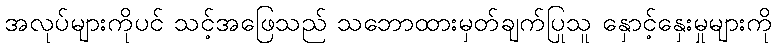
အလုပ်များကိုပင် သင့်အဖြေသည် သဘောထားမှတ်ချက်ပြုသူ နှောင့်နှေးမှုများကို